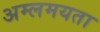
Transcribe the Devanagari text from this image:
अम्लमयता